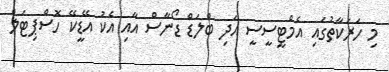
މި ހަރަކާތުގައި އެމްޓީސީސީ އަދި ބްލަޑް ޑޯނާސް އާއި އެކު އޭޑީކޭ ހޮސްޕިޓަލް